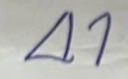
41